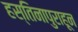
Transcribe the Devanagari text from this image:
हस्तिनापुराहून